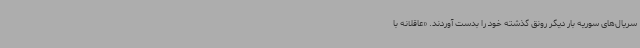
سریال‌های سوریه بار دیگر رونق گذشته خود را بدست آوردند. «عاقلانه با